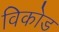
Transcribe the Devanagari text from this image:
विकोड